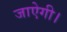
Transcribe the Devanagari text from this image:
जाऐगी।